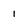
Character: i